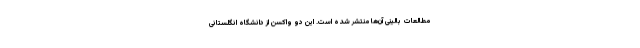
مطالعات بالینی آن‌ها منتشر شده است. این دو واکسن از دانشگاه انگلستانی